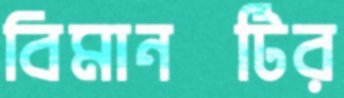
বিমানটির